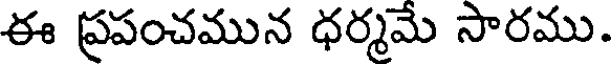
ఈ ప్రపంచమున ధర్మమే సారము.